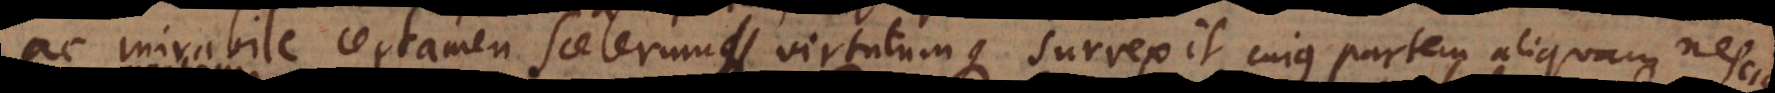
ac mirabile certamen scelerum virtutumque surrexit, cujus partem aliquam nescio